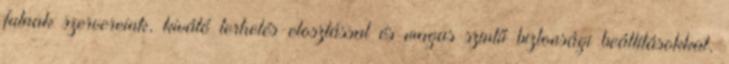
futnak szervereink, kiváló terhelés-elosztással és magas szintű biztonsági beállításokkal,